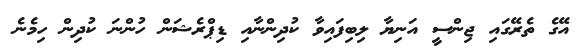
އޭގެ ތެރޭގައި ޖިންސީ އަނިޔާ ލިބިފައިވާ ކުދިންނާއި ޑިޕްރެޝަން ހުންނަ ކުދިން ހިމެނެ